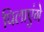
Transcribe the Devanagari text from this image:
पिलाएंगे